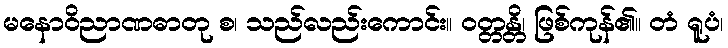
မနောဝိညာဏဓာတု စ၊ သည်လည်းကောင်း။ ဝတ္တန္တိ၊ ဖြစ်ကုန်၏။ တံ ရူပံ၊